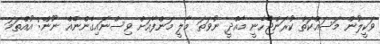
ވަކީލުން މަސައްކަތް ކުރަންޖެހެނީ މާއްދީ ނުވަތަ މާލީ މަންފާއަށް ވިސްނައިގެންނެއް ނޫން: އުއްތަމަ